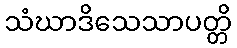
သံဃာဒိသေသာပတ္တိ